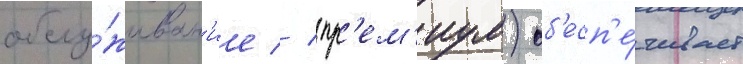
обслу́живан'ие // (пр'ем'иум) об'есп'е́чивает